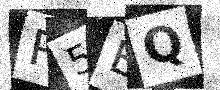
Text: R5BQ